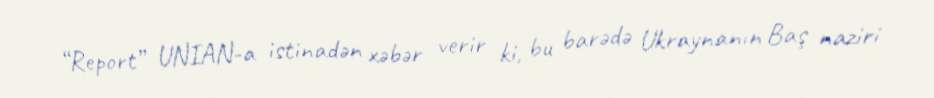
“Report” UNIAN-a istinadən xəbər verir ki, bu barədə Ukraynanın Baş naziri